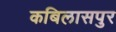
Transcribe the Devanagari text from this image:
कबिलासपुर